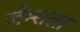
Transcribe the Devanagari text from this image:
जेम्सला